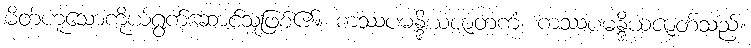
မိတ်ဟူသောကိုယ်ရွက်ဆောင်သူဖြစ်၏။ ကဿပမန္ဒိယဇာတကံ၊ ကဿပမန္ဒိယဇာတ်သည်။